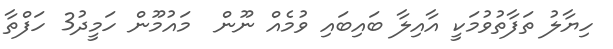
ހިޔާލު ތަފާތުވުމަކީ އާއިލާ ބައިބައި ވުމެއް ނޫން  މައުމޫން ހަމީދު3 ހަފްތާ